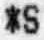
*S